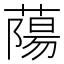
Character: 𫉤